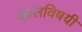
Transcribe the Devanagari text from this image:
कालविषयी